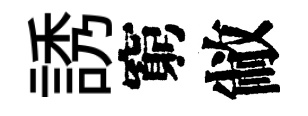
誘窮敝